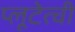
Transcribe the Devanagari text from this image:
प्लूटेत्ची